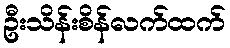
ဦးသိန်းစိန်လက်ထက်